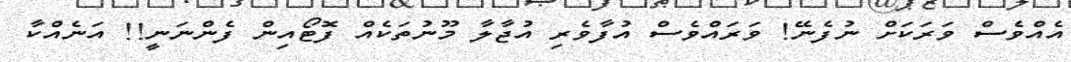
އެއްވެސް ވަރަކަށް ނުފެނޭ! ވަރައްވެސް އުފާވެރި އުޖާލާ މޫނުތަކެއް ފޮޓޯއިން ފެންނަނީ!! އަނެއްކާ